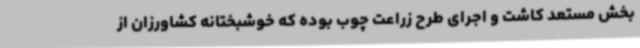
بخش مستعد کاشت و اجرای طرح زراعت چوب بوده که خوشبختانه کشاورزان از